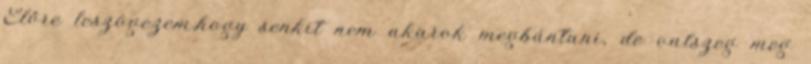
Előre leszögezem,hogy senkit nem akarok megbántani, de valszeg meg